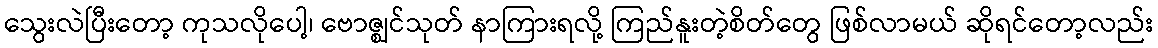
သွေးလဲပြီးတော့ ကုသလိုပေါ့၊ ဗောဇ္ဈင်သုတ် နာကြားရလို့ ကြည်နူးတဲ့စိတ်တွေ ဖြစ်လာမယ် ဆိုရင်တော့လည်း